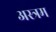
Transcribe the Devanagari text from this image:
अस्त्रम